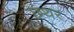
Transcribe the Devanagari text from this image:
छथर